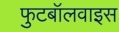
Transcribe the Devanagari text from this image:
फुटबॉलवाइस